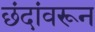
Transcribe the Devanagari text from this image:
छंदांवरून